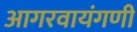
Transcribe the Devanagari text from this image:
आगरवायंगणी